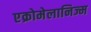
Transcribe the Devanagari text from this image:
एक्रोमेलानिज्म